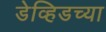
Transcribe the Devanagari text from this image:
डेव्हिडच्या